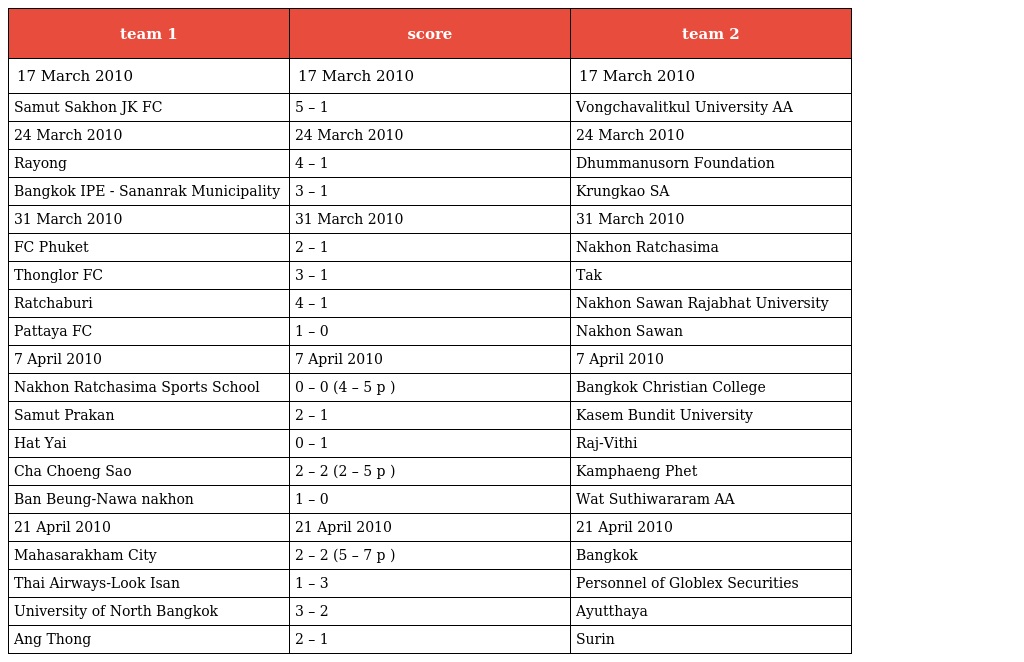
| team 1 | score | team 2 |
 | --- | --- | --- |
 | 17 March 2010 | 17 March 2010 | 17 March 2010 |
 | Samut Sakhon JK FC | 5 – 1 | Vongchavalitkul University AA |
 | 24 March 2010 | 24 March 2010 | 24 March 2010 |
 | Rayong | 4 – 1 | Dhummanusorn Foundation |
 | Bangkok IPE - Sananrak Municipality | 3 – 1 | Krungkao SA |
 | 31 March 2010 | 31 March 2010 | 31 March 2010 |
 | FC Phuket | 2 – 1 | Nakhon Ratchasima |
 | Thonglor FC | 3 – 1 | Tak |
 | Ratchaburi | 4 – 1 | Nakhon Sawan Rajabhat University |
 | Pattaya FC | 1 – 0 | Nakhon Sawan |
 | 7 April 2010 | 7 April 2010 | 7 April 2010 |
 | Nakhon Ratchasima Sports School | 0 – 0 (4 – 5 p ) | Bangkok Christian College |
 | Samut Prakan | 2 – 1 | Kasem Bundit University |
 | Hat Yai | 0 – 1 | Raj-Vithi |
 | Cha Choeng Sao | 2 – 2 (2 – 5 p ) | Kamphaeng Phet |
 | Ban Beung-Nawa nakhon | 1 – 0 | Wat Suthiwararam AA |
 | 21 April 2010 | 21 April 2010 | 21 April 2010 |
 | Mahasarakham City | 2 – 2 (5 – 7 p ) | Bangkok |
 | Thai Airways-Look Isan | 1 – 3 | Personnel of Globlex Securities |
 | University of North Bangkok | 3 – 2 | Ayutthaya |
 | Ang Thong | 2 – 1 | Surin |